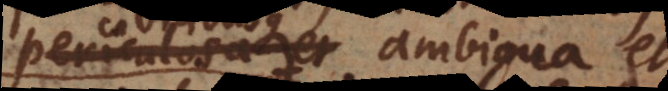
periculosa et ambigua et